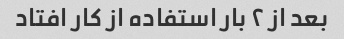
بعد از ۲ بار استفاده از کار افتاد